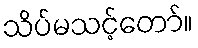
သိပ်မသင့်တော်။